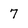
Character: 7